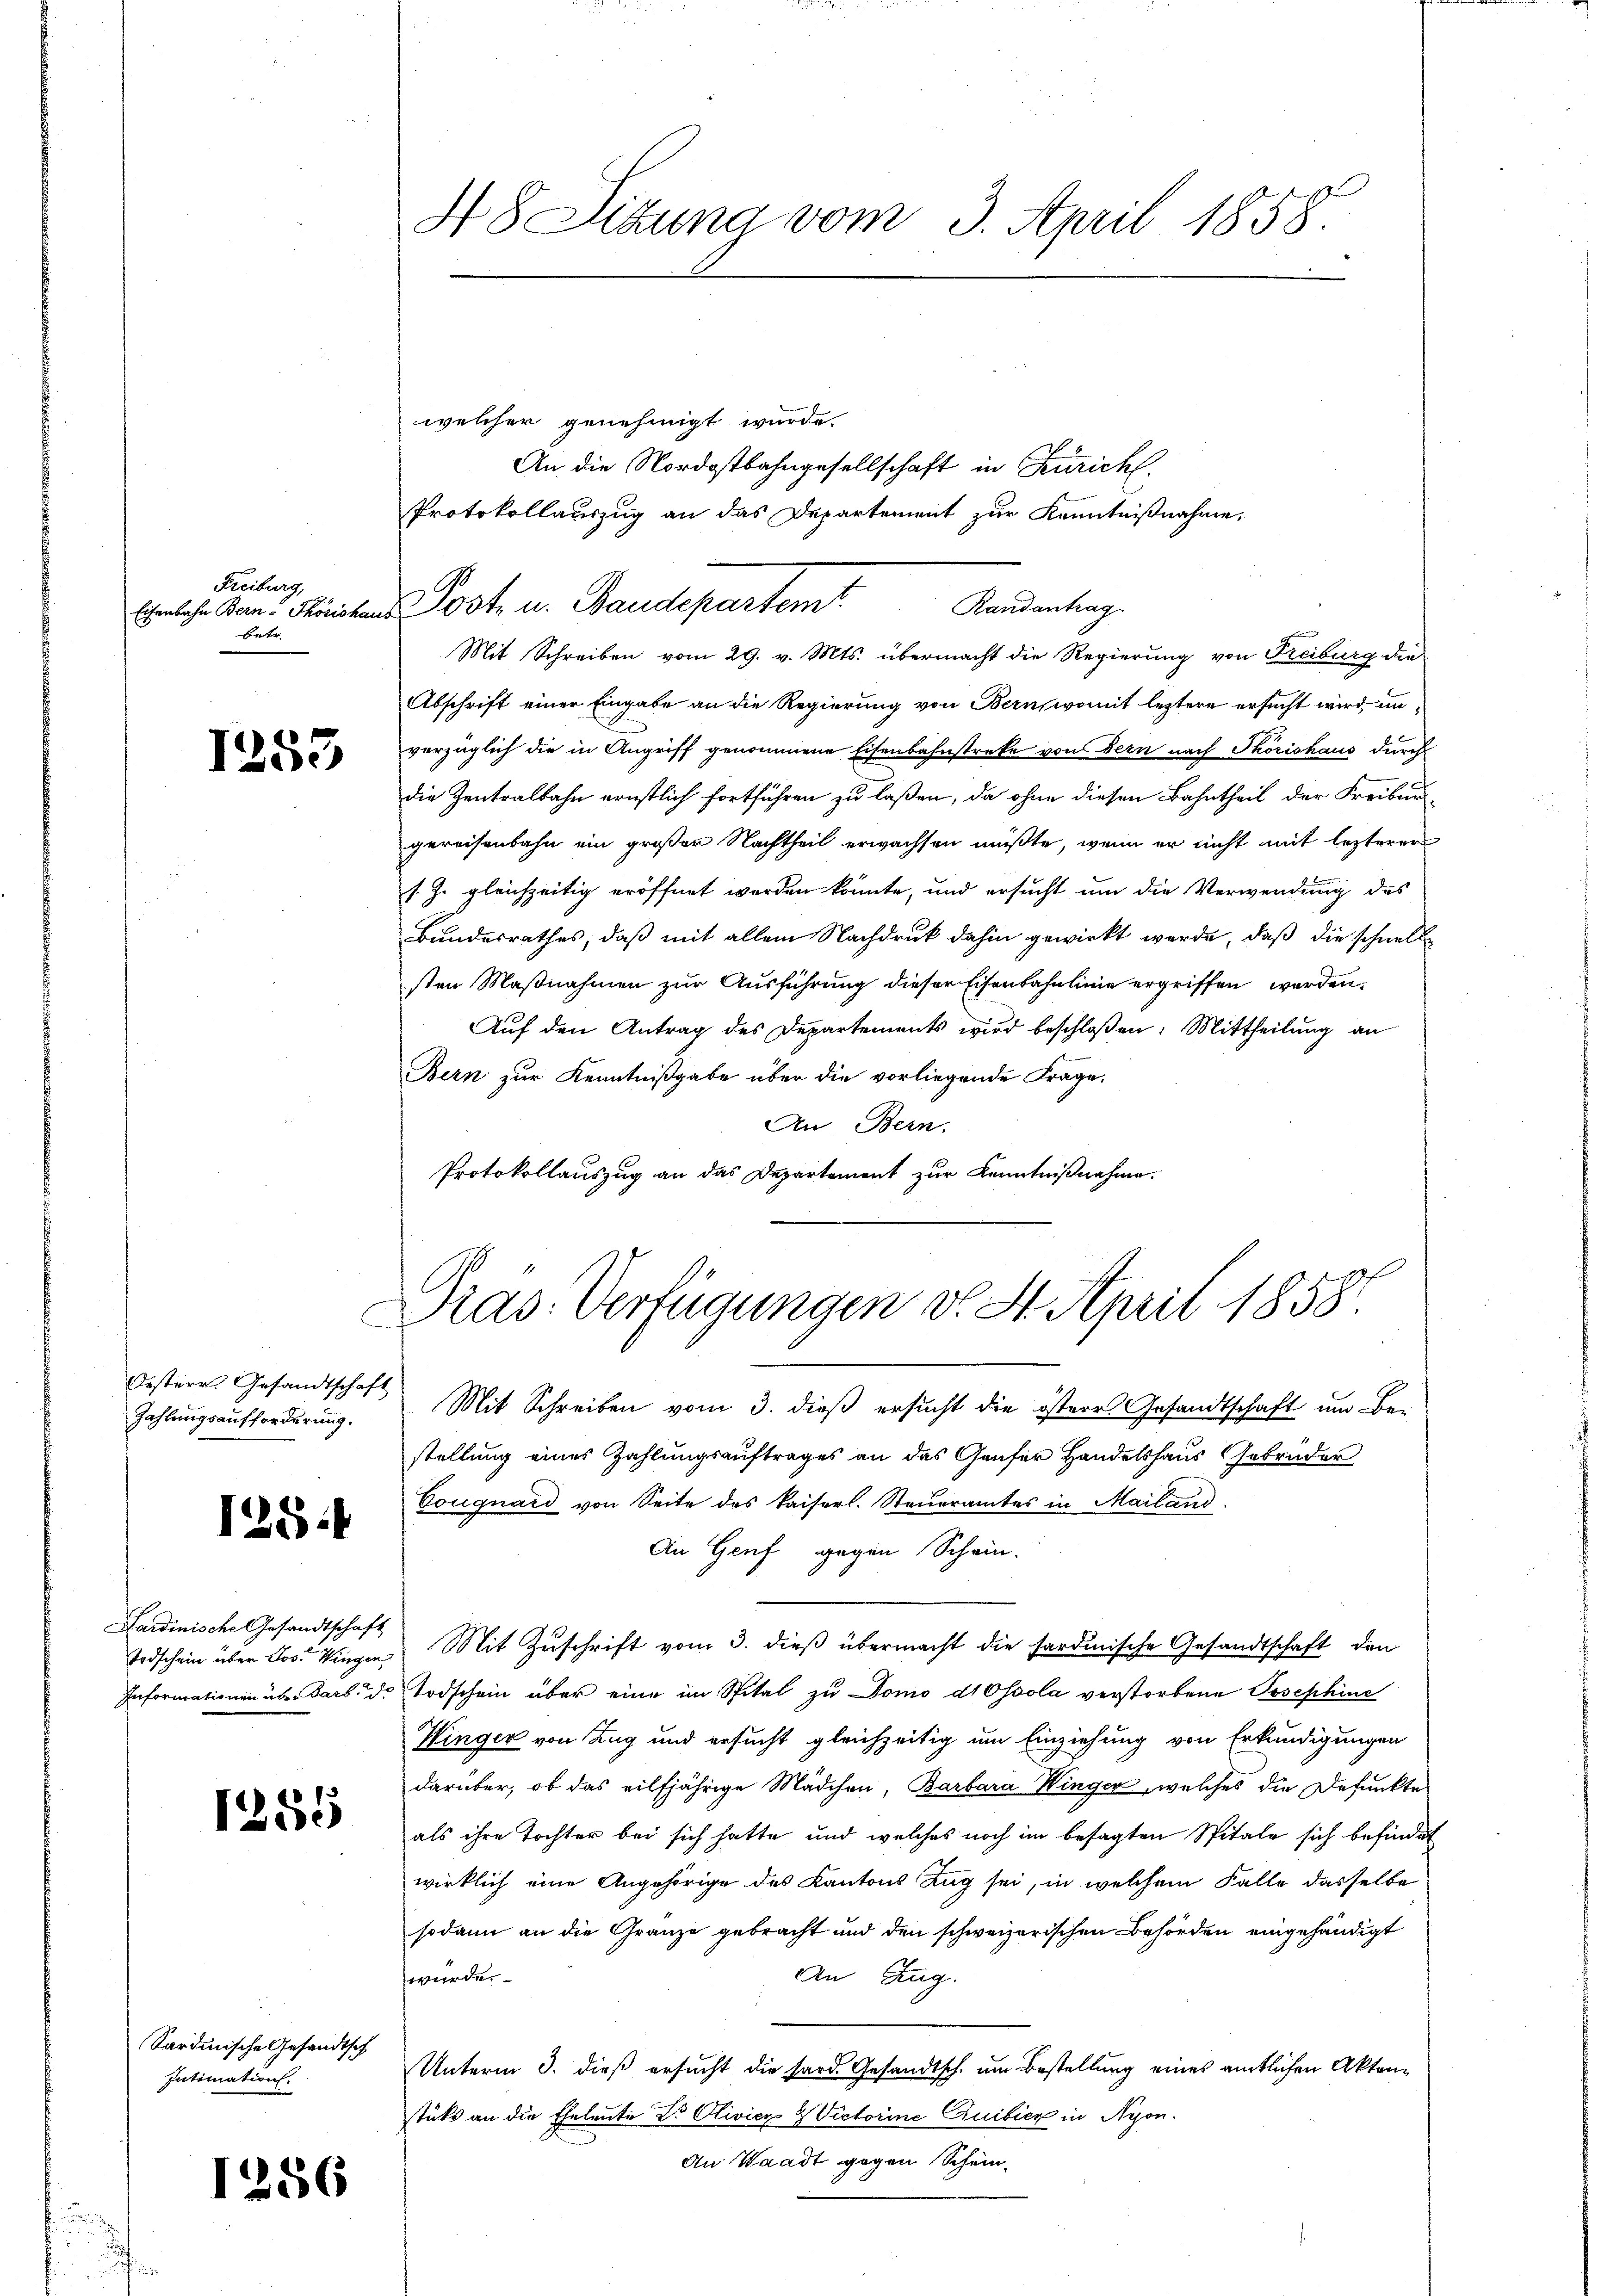
Freiburg,
Eisenbahn Bern - Thorishar
betr.

1255

Zahlungsaufforderung.

128:

Sardinische Gesandtschaft

1255

Sardinische Gesandtsch
Intimation

1256

48 Sitzung vom 3. April 1858

welcher genehmigt wurde.
An die Nordostbahngesellschaft in Zürich
Protokollauszug an das Departement zur Kenntnißnahme.
Post u. Baudepartem
Randantrag.
Mit Schreiben vom 29. v. Mts. übermacht die Regierung von Freiburg die
Abschrift einer Eingabe an die Regierung von Bernswomit leztere ersucht wird, unvorzüglich die in Angriff genommene Eisenbahnstreke von dern nach Thorishaus durch
die Zentralbahn ernstlich fortführen zu laßen, da ohne diesen Bahntheil der Freibur
gereisenbahn ein großer Nachtheil erwachsen müßte, wenn er nicht mit lezterer
s. Z. gleichzeitig eröffnet werden könnte, und ersucht um die Verwendung des
Bundesrathes, daß mit allem Nachdruck dahin gewirkt werde, daß die schnellsten Maßnahmen zur Ausführung dieser Eisenbahnlinie ergriffen werden.
Auf den Antrag des Departements wird beschloßen: Mittheilung an
Bern zur Kenntnißgabe über die vorliegende Frage,
An Bern,
Protokollauszug an das Departement zur Kenntnißnahme.

bestern Gesandtschaft Mit Schreiben vom 3. dieß ersucht die östere Gesandtschaft um Be-
stellung eines Zahlungsauftrages an das Gaufer Handelshaus Gebrüder
Cougnard von Seite des Kaiserl. Steueramtes in Mailand.
An Genf gegen Schein.
Todschein über Jos. Eingen Mit Zŭschrift vom 3. dieß übermacht die sardinische Gesandtschaft den
Informationen über darb. der Todschein über eine im Spital zu Domo dtosoola verstorbene Josephine
Winger von Zug und ersucht gleichzeitig um Einziehung von Erkundigungen
darüber, ob das eilfjährige Mädchen, Barbara Winger welches die Defunkte
als ihre Tochter bei sich hatte und welches noch im besagten Spitale sich befindet
wirklich eine Angehörige des Kantons Zug sei, in welchem Falle dasselbe
sodann an die Granze gebracht und den schweizerischen Behörden eingehändigt
An Zug.
wurden.
Unterm 3. dieß ersucht die sard. Gesandtsch um Bestellung eines amtlichen Akten
stüks an die Eheleute Dr. Olivier & Victorine Quibier in Nyon.
An Waadt gegen Schein-

Präs. Verfügungen d. 8. April 1858.